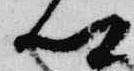
卿